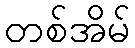
တစ်အိမ်